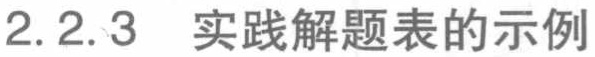
2.2.3 实践解题表的示例